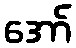
အော်